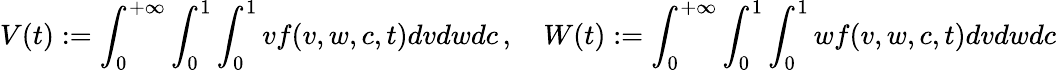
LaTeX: V(t):=\int_{0}^{+\infty}\int_{0}^{1}\int_{0}^{1}vf(v,w,c,t)dvdwdc\, ,\quad W(t):=\int_{0}^{+\infty}\int_{0}^{1}\int_{0}^{1}wf(v,w,c,t)dvdwdc